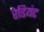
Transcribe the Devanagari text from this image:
रेडियंट